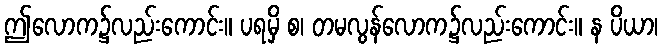
ဤလောက၌လည်းကောင်း။ ပရမှိ စ၊ တမလွန်လောက၌လည်းကောင်း။ န ပိယာ၊